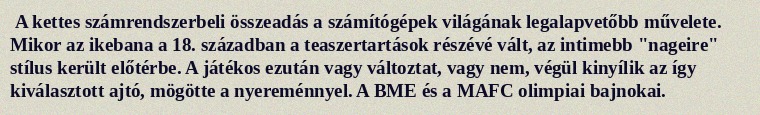
A kettes számrendszerbeli összeadás a számítógépek világának legalapvetőbb művelete. Mikor az ikebana a 18. században a teaszertartások részévé vált, az intimebb "nageire" stílus került előtérbe. A játékos ezután vagy változtat, vagy nem, végül kinyílik az így kiválasztott ajtó, mögötte a nyereménnyel. A BME és a MAFC olimpiai bajnokai.